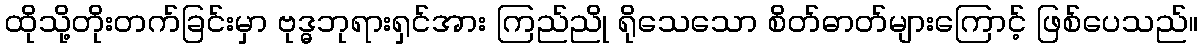
ထိုသို့တိုးတက်ခြင်းမှာ ဗုဒ္ဓဘုရားရှင်အား ကြည်ညို ရိုသေသော စိတ်ဓာတ်များကြောင့် ဖြစ်ပေသည်။